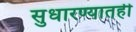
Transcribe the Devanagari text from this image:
सुधारण्यातही